Indian journal of veterinary science and animal husbandry - Volumes 15-17, 1948-1951
Year: 1948
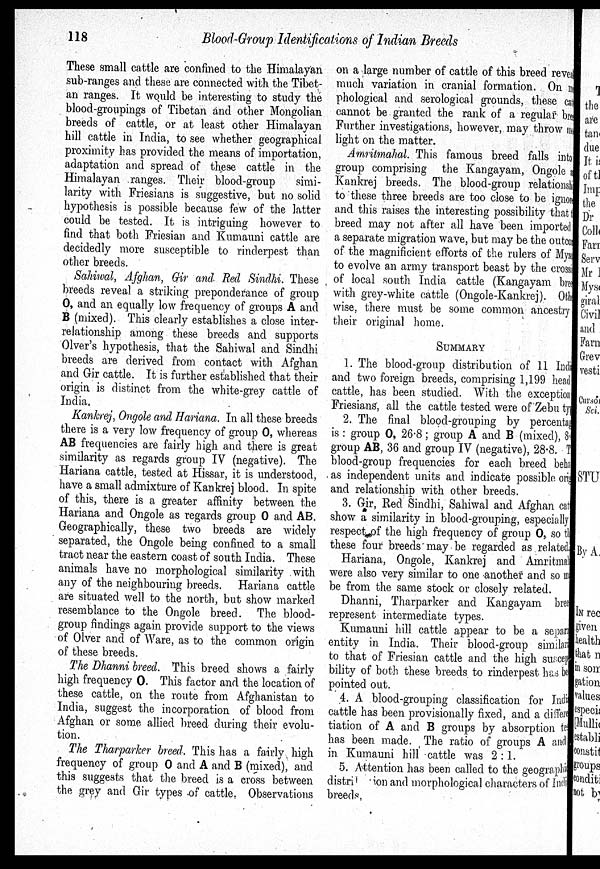
118
Blood-Group Identifications of Indian Breeds
These small cattle are confined to the Himalayan
sub-ranges and these are connected with the Tibet-
an ranges. It would be interesting to study the
blood-groupings of Tibetan and other Mongolian
breeds of cattle, or at least other Himalayan
hill cattle in India, to see whether geographical
proximity has provided the means of importation,
adaptation and spread of these cattle in the
Himalayan ranges. Their blood-group
simi-
larity with Friesians is suggestive, but no solid
hypothesis is possible because few of the latter
could be tested. It is intriguing however to
find that both Friesian and Kumauni cattle are
decidedly more susceptible to rinderpest than
other breeds.
Sahiwal, Afghan, Gir and Red Sindhi. These
breeds reveal a striking preponderance of group
O, and an equally low frequency of groups A and
B (mixed). This clearly establishes a close inter-
relationship among these breeds and supports
Olver's hypothesis, that the Sahiwal and Sindhi
breeds are derived from contact with Afghan
and Gir cattle. It is further established that their
origin is distinct from the white-grey cattle of
India.
Kankrej, Ongole and Hariana. In all these breeds
there is a very low frequency of group O, whereas
AB frequencies are fairly high and there is great
similarity as regards group IV (negative). The
Hariana cattle, tested at Hissar, it is understood,
have a small admixture of Kankrej blood. In spite
of this, there is a greater affinity between the
Hariana and Ongole as regards group O and AB.
Geographically, these two breeds are widely
separated, the Ongole being confined to a small
tract near the eastern coast of south India. These
animals have no morphological similarity with
any of the neighbouring breeds. Hariana cattle
are situated well to the north, but show marked
resemblance to the Ongole breed. The blood-
group findings again provide support to the views
of Olver and of Ware, as to the common origin
of these breeds.
The Dhanni breed. This breed shows a fairly
high frequency 0. This factor and the location of
these cattle, on the route from Afghanistan to
India, suggest the incorporation of blood from
Afghan or some allied breed during their evolu-
tion.
The Tharparker breed. This has a fairly high
frequency of group O and A and B (mixed), and
this suggests that the breed is a cross between
the grey and Gir types of cattle. Observations
on a large number of cattle of this breed revea
much variation in cranial formation. On m
phological and serological grounds, these cat
cannot be granted the rank of a regular bre
Further investigations, however, may throw m
light on the matter.
Amritmahal. This famous breed falls into
group comprising the Kangayam, Ongole
Kankrej breeds. The blood-group relationship
to these three breeds are too close to be ignore
and this raises the interesting possibility that
breed may not after all have been imported
a separate migration wave, but may be the outco
of the magnificient efforts of the rulers of Mys
to evolve an army transport beast by the crossi
of local south India cattle (Kangayam bree
with grey-white cattle (Ongole-Kankrej). Oth
wise, there must be some common ancestry
their original home.
Summary
1. The blood-group distribution of 11 Indi
and two foreign breeds, comprising 1,199 head
cattle, has been studied. With the exception
Friesians, all the cattle tested were of Zebu ty
2. The final blood-grouping by percentag
is: group O, 26-8; group A and B (mixed), 8
group AB, 36 and group IV (negative), 28.8. T
blood-group frequencies for each breed beha
as independent units and indicate possible ori
and relationship with other breeds.
3. Gir, Red Sindhi, Sahiwal and Afghan cat
show a similarity in blood-grouping, especially
respect of the high frequency of group O, so th
these four breeds may be regarded as related
Hariana, Ongole, Kankrej and Amritmal
were also very similar to one another and so m
be from the same stock or closely related.
Dhanni, Tharparker and Kangayam bree
represent intermediate types.
Kumauni hill cattle appear to be a separ
entity in India. Their blood-group similar
to that of Friesian cattle and the high suscep
bility of both these breeds to rinderpest has be
pointed out.
4. A blood-grouping classification for Indi
cattle has been provisionally fixed, and a differe
tiation of A and B groups by absorption te
has been made. The ratio of groups A and
in Kumauni hill cattle was 2:1.
5. Attention has been called to the geographi
distribution and morphological characters of Indi
breeds.